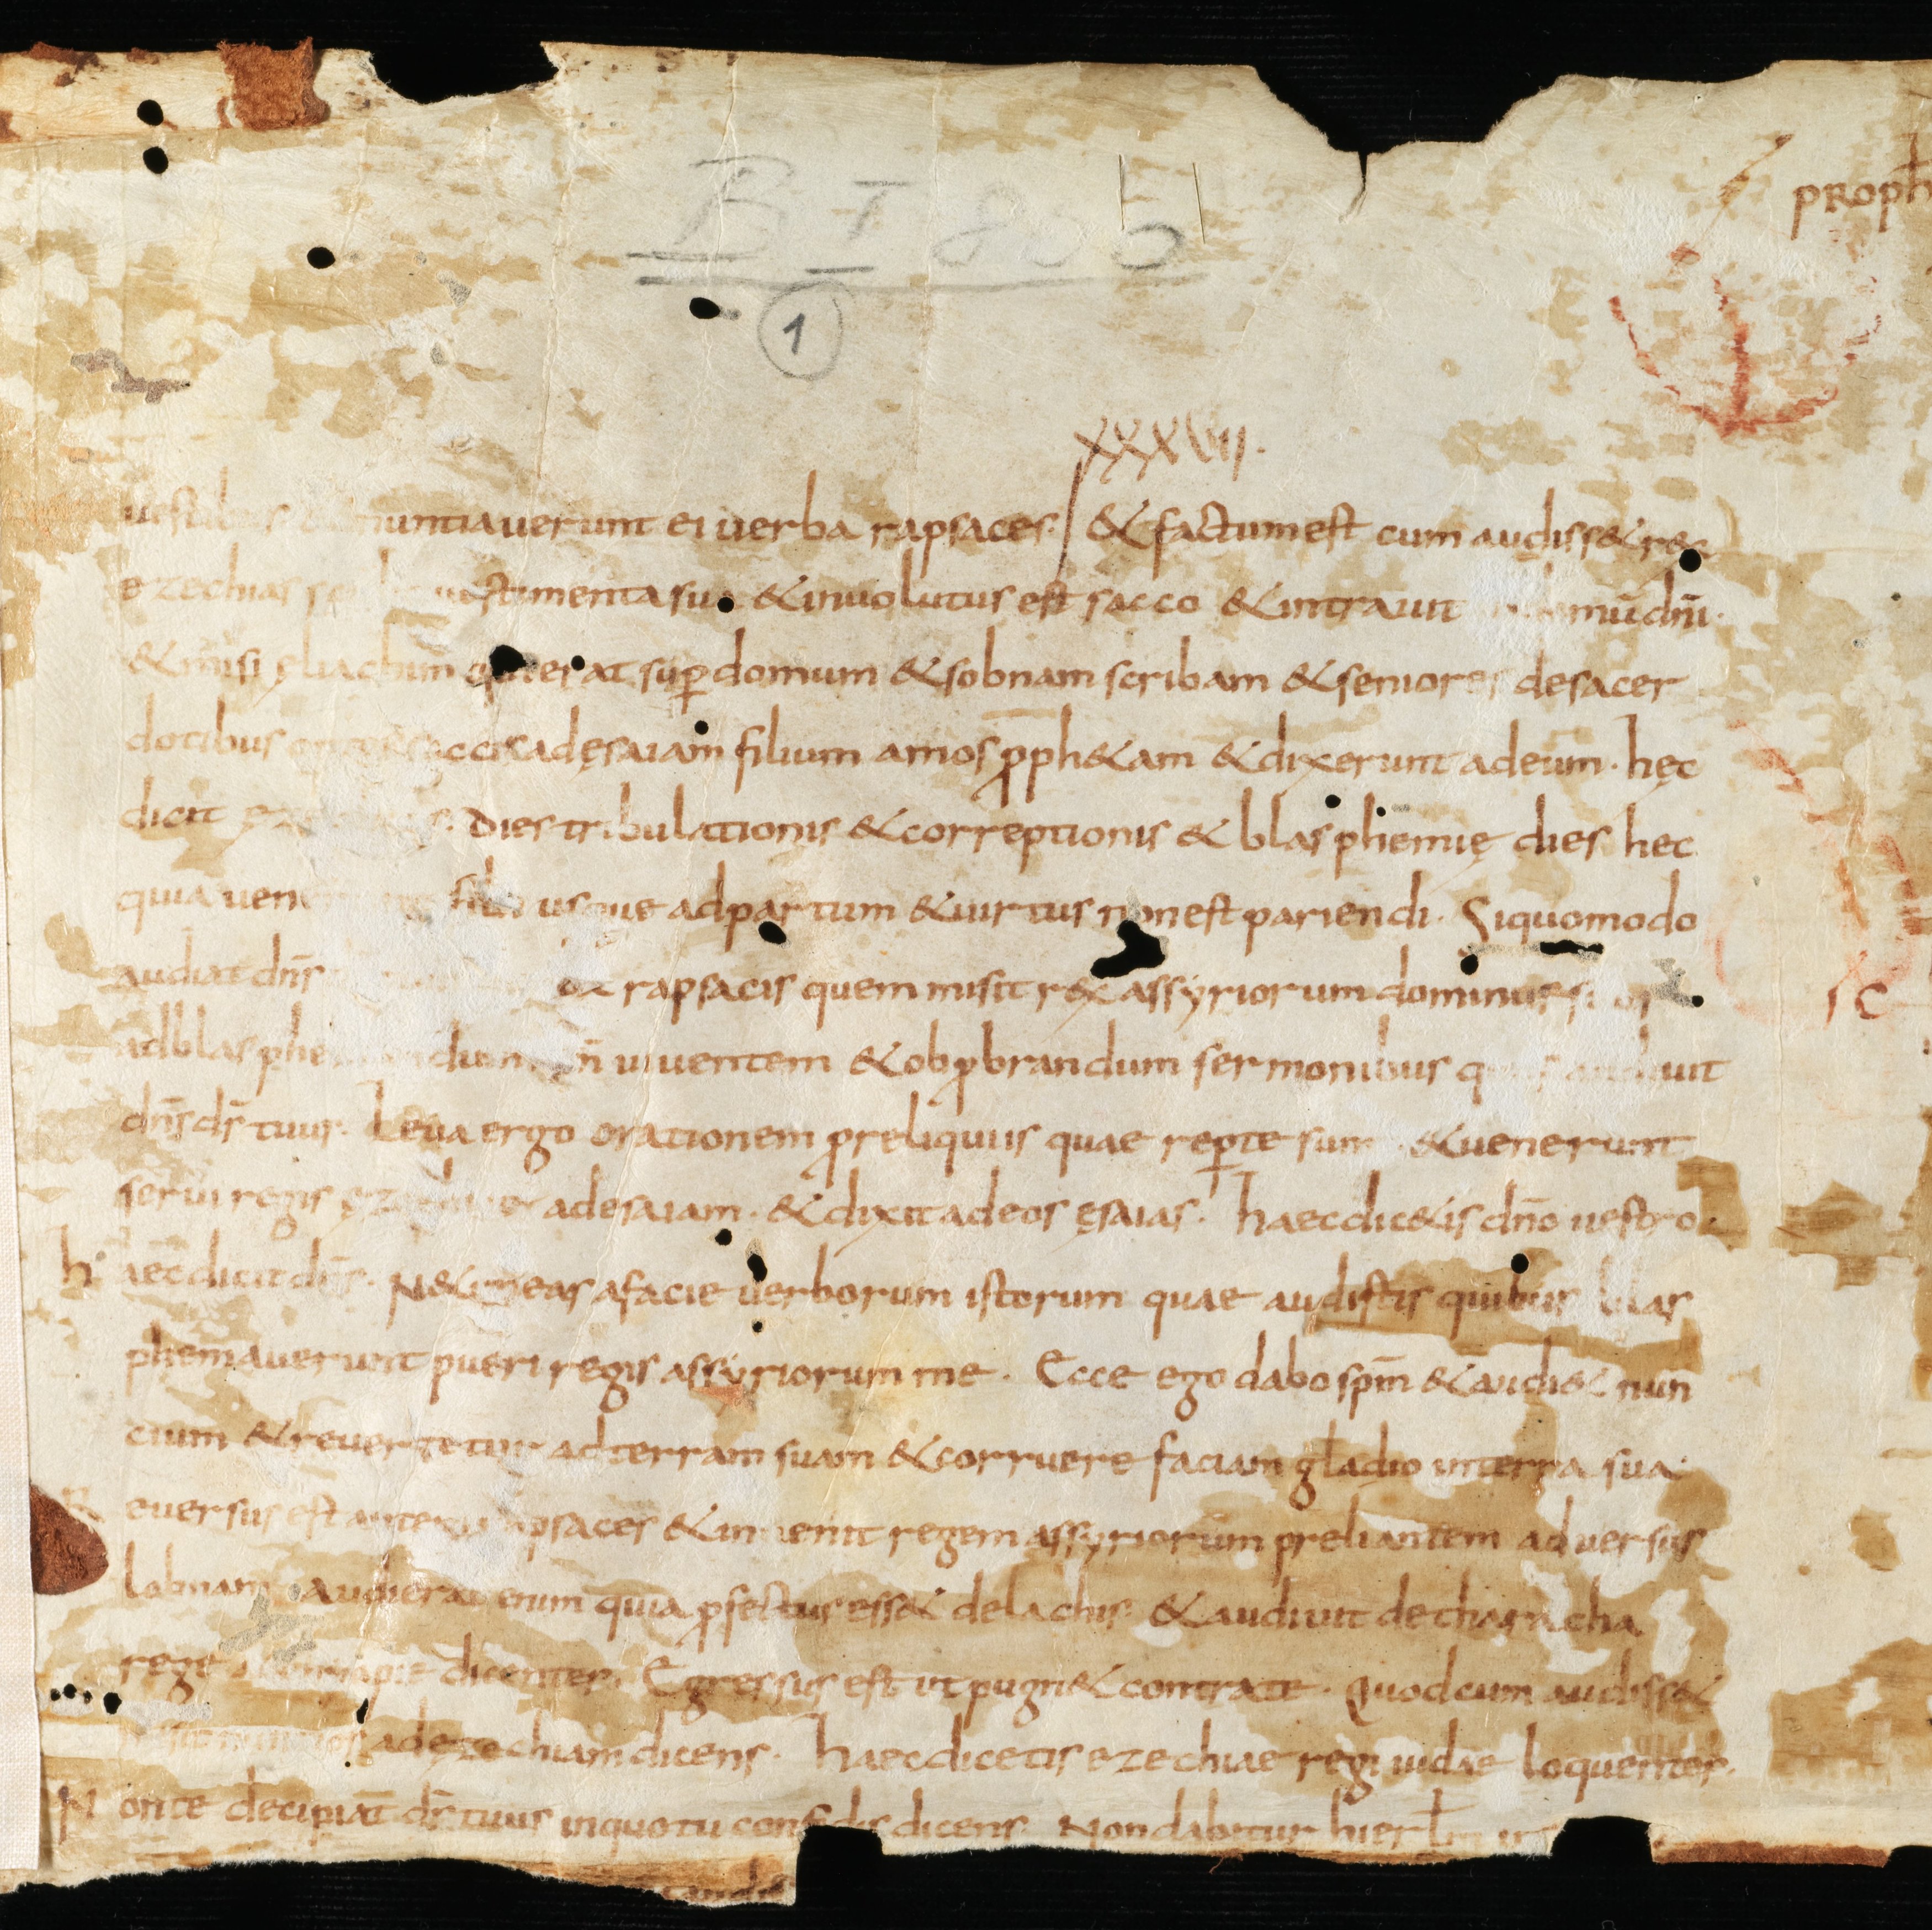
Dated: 835–865